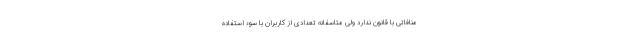
منافاتی با قانون ندارد ولی متاسفانه تعدادی از کاربران با سوء استفاده